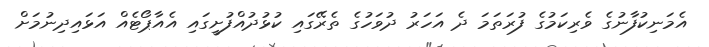
އެމަނިކުފާނުގެ ވެރިކަމުގެ ފުރަތަމަ ދެ އަަހަރު ދުވަހުގެ ތެރޭގައި ކުޅުދުއްފުށީގައި އެއާޕޯޓެއް އަޅައިދިނުމަށް